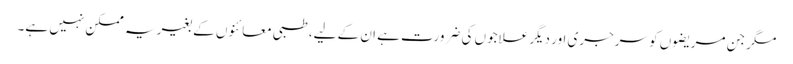
مگر جن مریضوں کو سرجری اور دیگر علاجوں کی ضرورت ہے ان کے لیے، طبی معائنوں کے بغیر یہ ممکن نہیں ہے۔